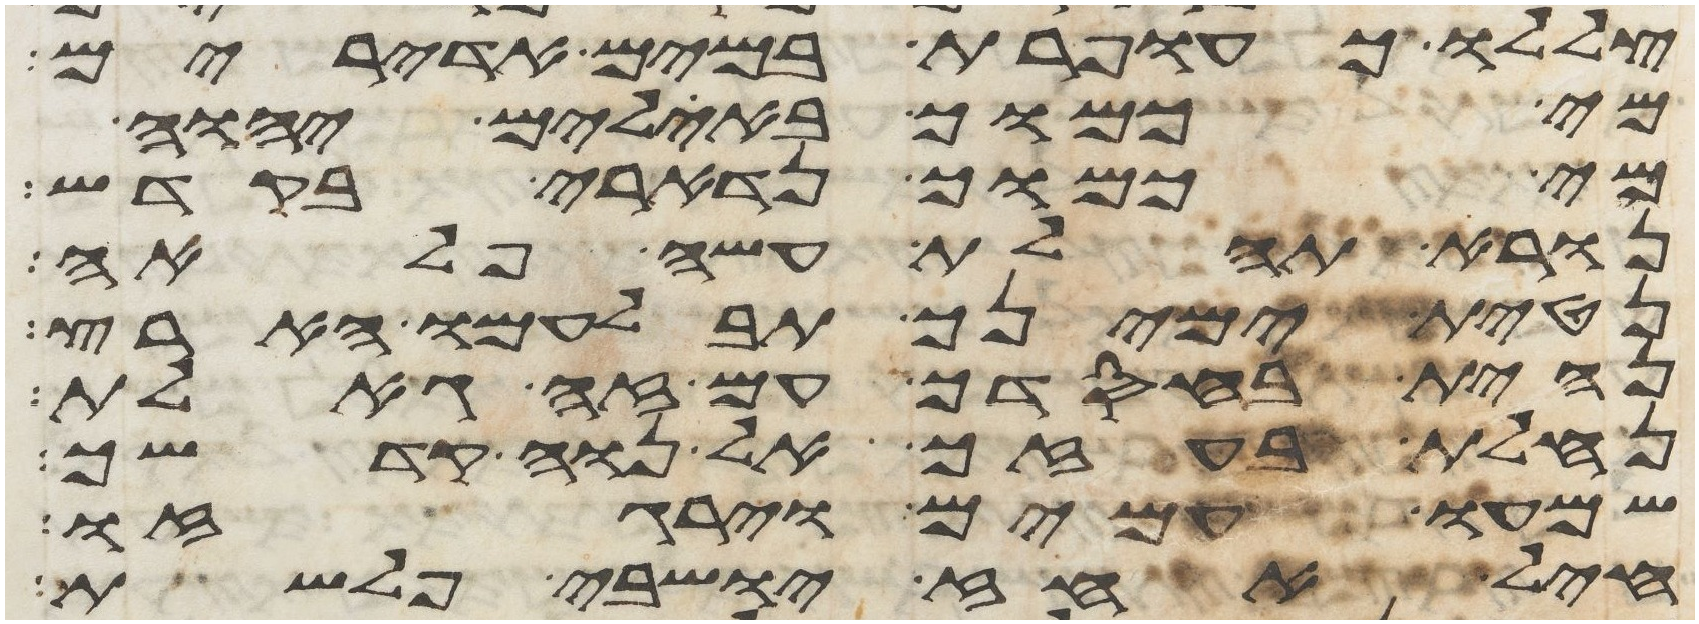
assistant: צללו כעופרת במים אדירים
מי כמוך באלים יהוה
מי כמוך נדארי בקדש
נורא תהלת עשה פלאה
נטית ימינך תבלעמו הארץ
נחית בחסדך עם זה גאלת
נחלת בעזך אל נוה קדשך
שמעו עמים וירגזו
חיל אחז ישבי פלשת